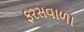
ફરસવાળા